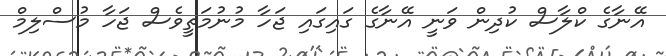
އޭނާގެ ކްލާސް ކުދިން ވަނީ އޭނާގެ ގައިގައި ޖަހާ މުނުމަތީވެސް ޖަހާ މުސްލިމް